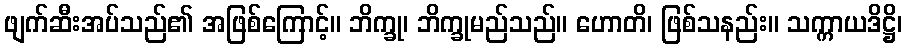
ဖျက်ဆီးအပ်သည်၏ အဖြစ်ကြောင့်။ ဘိက္ခု၊ ဘိက္ခုမည်သည်။ ဟောတိ၊ ဖြစ်သနည်း။ သက္ကာယဒိဋ္ဌိ၊